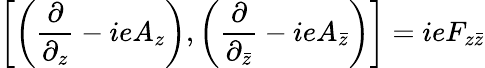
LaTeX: \left[\left(\frac{\partial}{\partial_{z}}-ieA_{z}\right),\left(\frac{\partial}{\partial_{\bar{z}}}-ieA_{\bar{z}}\right)\right]=ieF_{z\bar{z}}